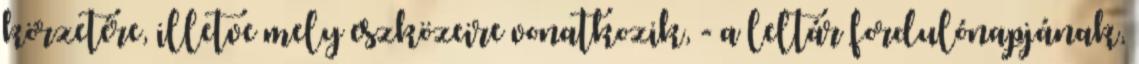
körzetére, illetve mely eszközeire vonatkozik, - a leltár fordulónapjának,